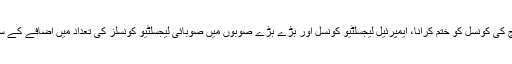
ان میں سیکرٹری آف سٹیٹ آفتاب احمد رودینی بلوچ کی کونسل کو ختم کرانا، ایمپرئیل لیجسلٹیو کونسل اور بڑے بڑے صوبوں میں صوبائی لیجسلٹیو کونسلز کی تعداد میں اضافے کے ساتھ ساتھ حق انتخاب کا دائرہ وسیع کرانا شامل ہیں۔